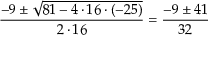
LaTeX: { \frac { - 9 \pm { \sqrt { 8 1 - 4 \cdot 1 6 \cdot ( - 2 5 ) } } } { 2 \cdot 1 6 } } = { \frac { - 9 \pm 4 1 } { 3 2 } }